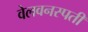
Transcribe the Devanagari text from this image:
वेलवनस्पती